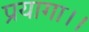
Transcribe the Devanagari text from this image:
प्रयागा।।